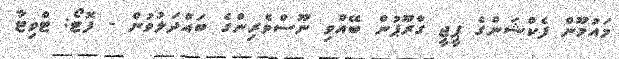
މައުމޫން ފެކްޝަންގެ ޕީޖީ ގްރޫޕުން ބޭއްވި ނޫސްވެރިންގެ ބައްދަލުވުން - ފޮޓޯ: ޓްވިޓާ